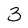
Character: 3